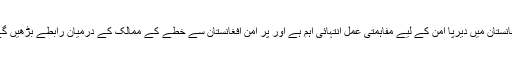
افغانستان میں دیرپا امن کے لیے مفاہمتی عمل انتہائی اہم ہے اور پر امن افغانستان سے خطے کے ممالک کے درمیان رابطے بڑھیں گے۔